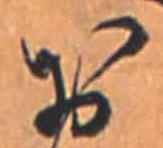
お